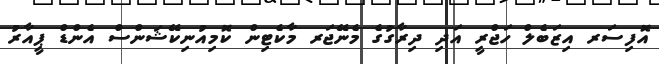
އޮފިސަރ އިޒަބެލް ހަޖްރީ އަދި ދިރާގުގެ މެނޭޖަރ މާކެޓިން ކޮމިއުނިކޭޝަންސް އެންޑް ޕީއާރު